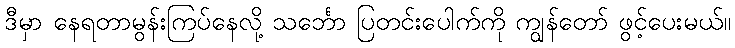
ဒီမှာ နေရတာမွန်းကြပ်နေလို့ သင်္ဘော ပြတင်းပေါက်ကို ကျွန်တော် ဖွင့်ပေးမယ်။